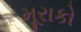
મૂરાકો